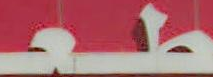
طعــ